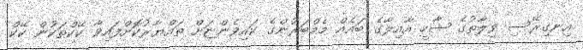
އިނގިރޭސި ވިލާތުގެ ޝާހީ އާއިލާގެ ބައެއް މެމްބަރުންގެ ކައިވެންޏަށް ތައްޔާރުކޮށްފައިވާ ކޭކްތަކުން ކޭކް